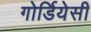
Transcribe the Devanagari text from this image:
गोर्डियेसी